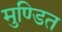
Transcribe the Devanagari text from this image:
मुण्डित